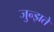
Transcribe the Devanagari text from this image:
जुन्झते